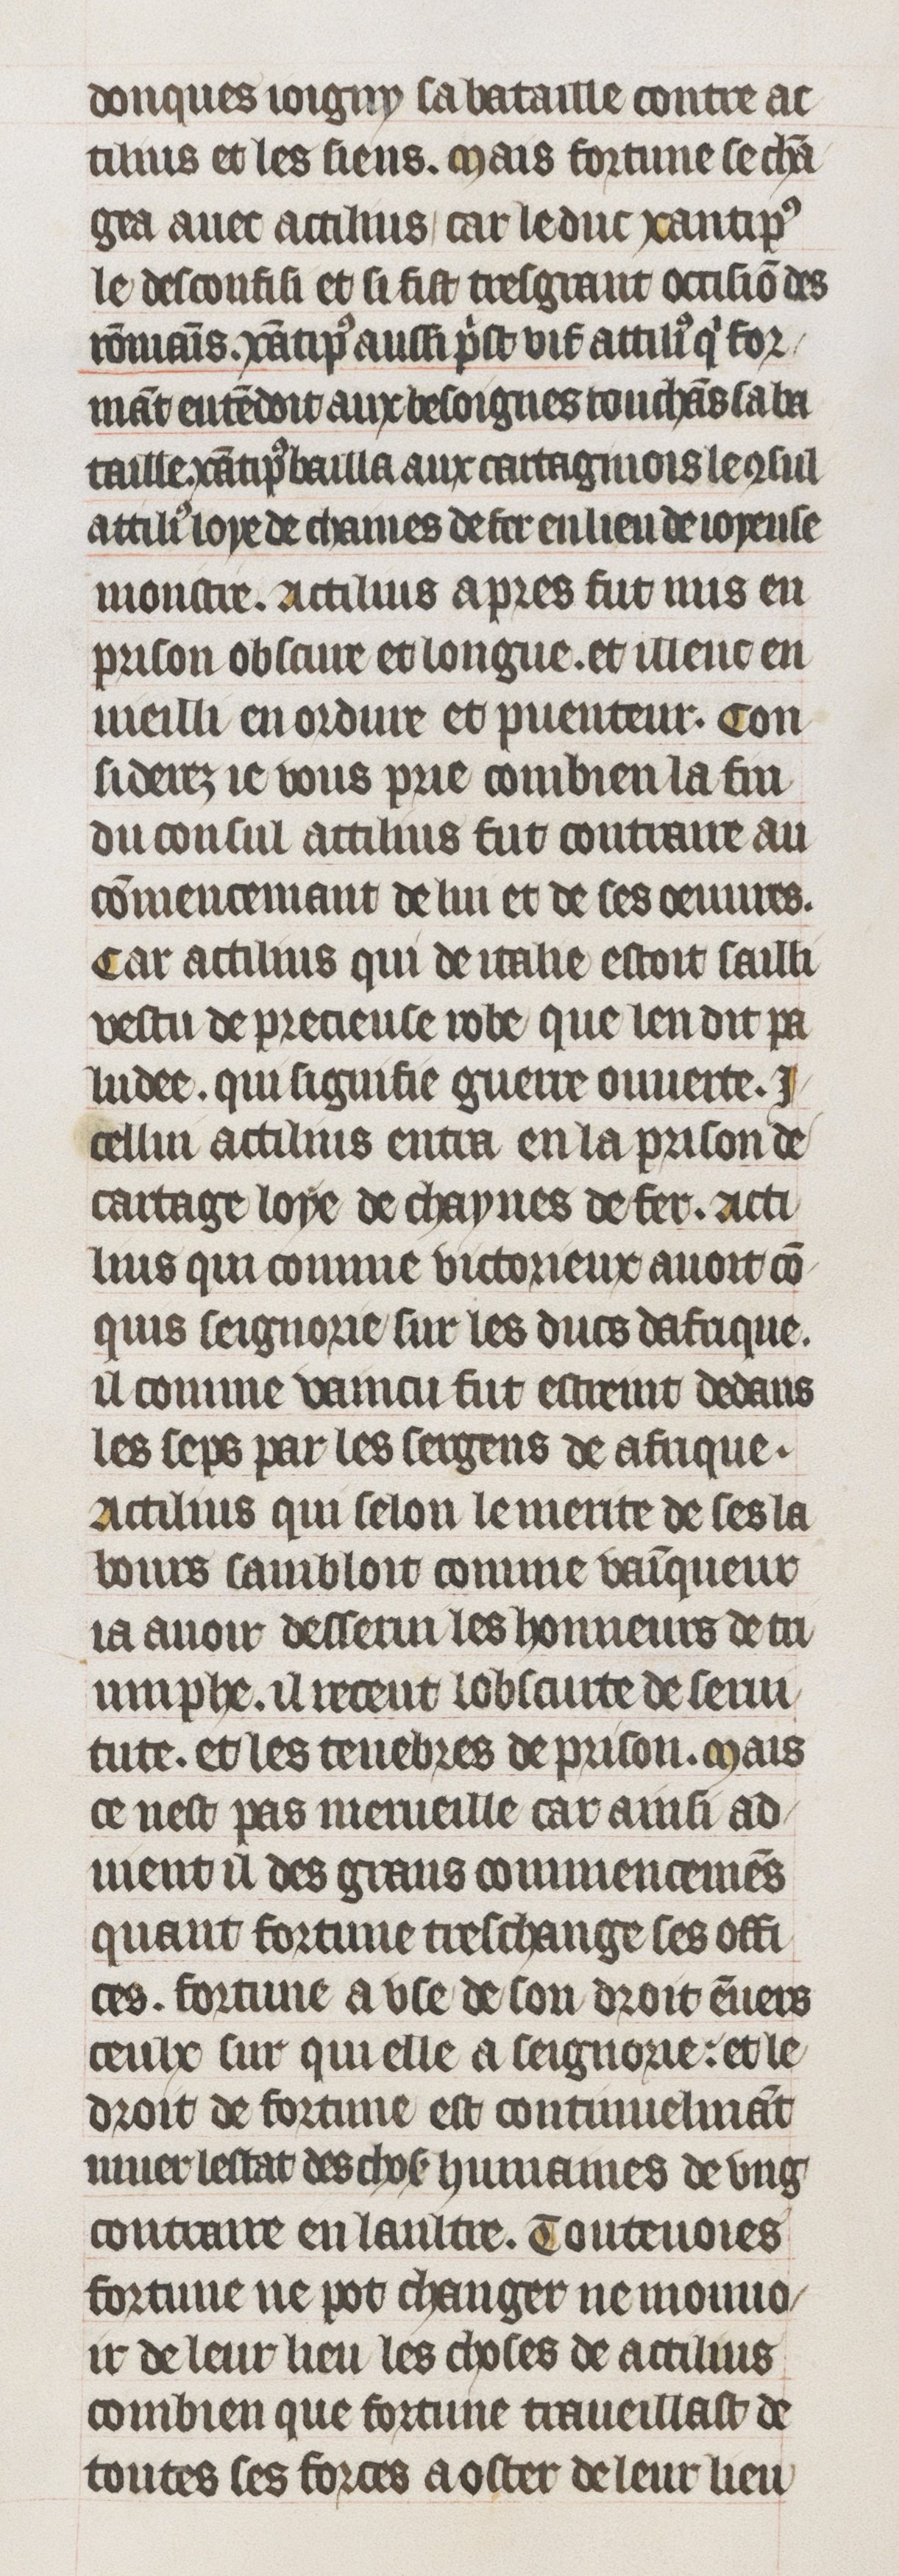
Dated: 1395–1425